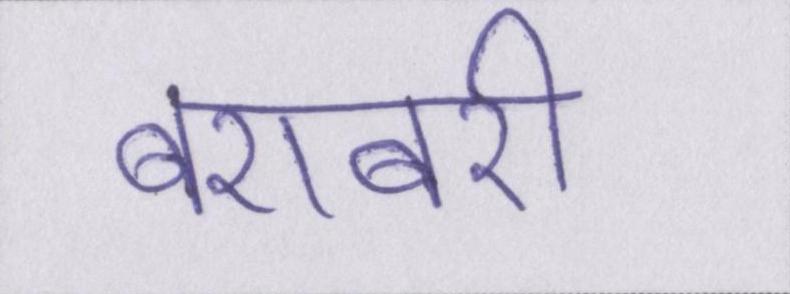
बराबरी